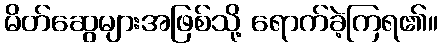
မိတ်ဆွေများအဖြစ်သို့ ရောက်ခဲ့ကြရ၏။